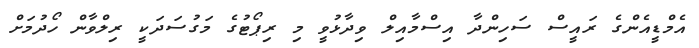
އެމްޑީއެންގެ ރައީސް ސަހިންދާ އިސްމާއިލް ވިދާޅުވީ މި ރިޕޯޓުގެ މަގުސަދަކީ ރިލްވާން ހޯދުމަށް